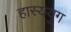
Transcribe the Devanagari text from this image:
हास्ययुग